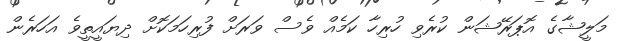
މަލީޝާގެ އޮޕަރޭޝަން ކުރެވި ހުރިހާ ކަމެއް ވެސް ވަރަށް ފުރިހަމަކޮށް ދިޔައީތީވެ އަހަރެން